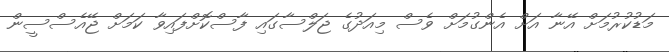
މަޑުކުރުމަށް އޭނާ އަށް އެންގުމަށް ވެސް މިއަދުގެ ޖަލްސާގައި ފާސްކޮށްފައިވާ ކަމަށް ޖޭއެސްސީން